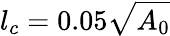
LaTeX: l_{c}=0.05\sqrt{A_{0}}